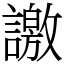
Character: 譤